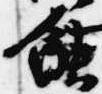
蝕